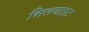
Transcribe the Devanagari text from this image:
सिलवाइट